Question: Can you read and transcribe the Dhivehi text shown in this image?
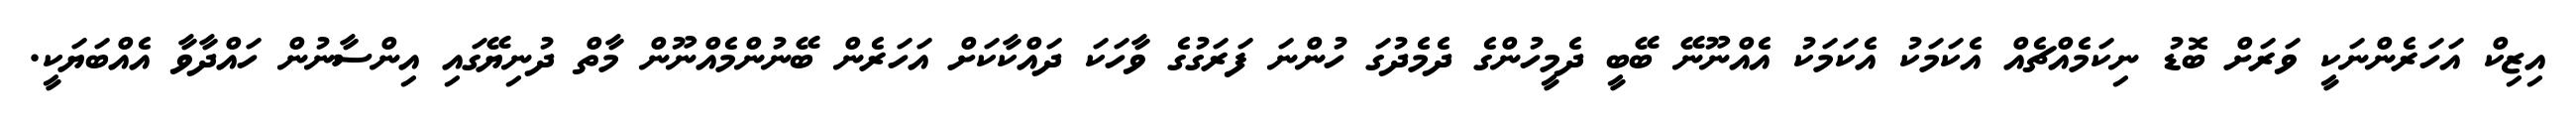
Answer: އިޒިކް އަހަރެންނަކީ ވަރަށް ބޮޑު ނިކަމެއްޗެއް އެކަމަކު އެކަމަކު އެއްނޫނޭ ބޭބީ ދެމީހުންގެ ދެމެދުގަ ހުންނަ ފަރަގުގެ ވާހަކަ ދައްކާކަށް އަހަރެން ބޭނުންމެއްނޫން މާތް ދުނިޔޭގައި އިންސާނުން ހައްދާވާ އެއްބަޔަކީ.